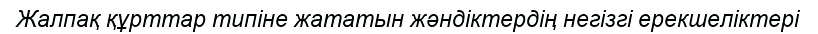
Жалпақ құрттар типіне жататын жәндіктердің негізгі ерекшеліктері